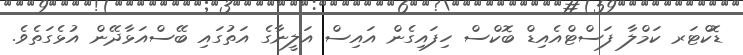
ޑޮކްޓަރ ކަމްލާ ފަސްޓްއެއިޑް ބޮކްސް ހިފައިގެން އައިސް އަލީނާގެ އަތުގައި ބޭސްއަޅާދޭން އުޅެގަތެވެ.